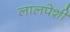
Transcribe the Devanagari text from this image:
लालपेशी